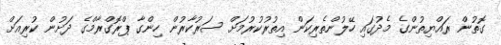
ގޮތުން ރައްޔިތުންގެ މެދުގައި ހޭލުންތެރިކަން އިތުރުކުރުމަށް ސަރުކާރުން ހިންގާ ޕްރޮގްރާމްގެ ދަށުން ކުރިއަށް